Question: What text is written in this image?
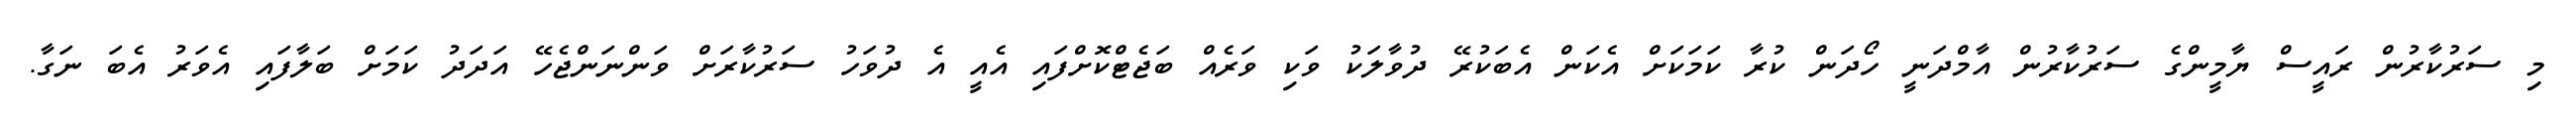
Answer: މި ސަރުކާރުން ރައީސް ޔާމީންގެ ސަރުކާރުން އާމްދަނީ ހޯދަން ކުރާ ކަމަކަށް އެކަން އެބަކުރޭ ދުވާލަކު ވަކި ވަރެއް ބަޖެޓްކޮށްފައި އެއީ އެ ދުވަހު ސަރުކާރަށް ވަންނަންޖެހޭ އަދަދު ކަމަށް ބަލާފައި އެވަރު އެބަ ނަގާ.